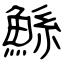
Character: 鯀